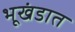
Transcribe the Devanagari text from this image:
भूखंडात